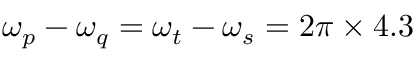
\omega _ { p } - \omega _ { q } = \omega _ { t } - \omega _ { s } = 2 \pi \times 4 . 3